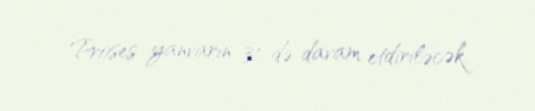
Proses yanvarın 31-də davam etdiriləcək.